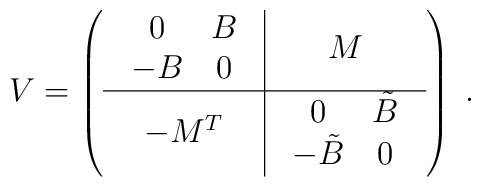
V=\left(\begin{array}{c|c}\begin{array}{cc}0 & B \\-B & 0 \\\end{array} & M \\ \hline- M^T & \begin{array}{cc}0 & \tilde B \\-\tilde B & 0 \\\end{array}\end{array}\right)\;.